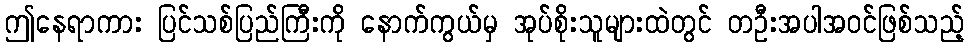
ဤနေရာကား ပြင်သစ်ပြည်ကြီးကို နောက်ကွယ်မှ အုပ်စိုးသူများထဲတွင် တဦးအပါအဝင်ဖြစ်သည့်